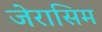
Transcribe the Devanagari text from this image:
जेरासिम